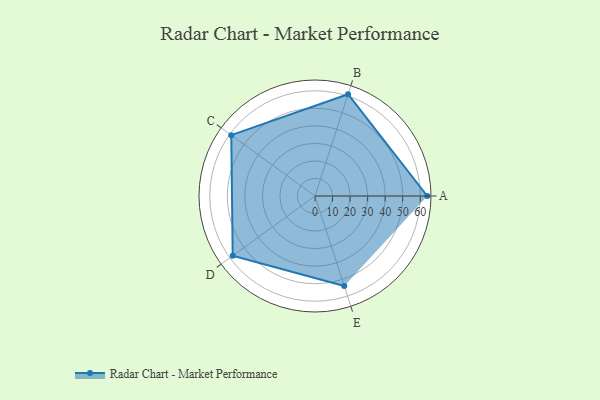
{"axis": {"x": "Skill", "y": "Score"}, "legend": ["Profile"], "data": [{"x": "A", "y": 64.0, "type": "Profile"}, {"x": "B", "y": 61.0, "type": "Profile"}, {"x": "C", "y": 59.0, "type": "Profile"}, {"x": "D", "y": 58.0, "type": "Profile"}, {"x": "E", "y": 54.0, "type": "Profile"}]}